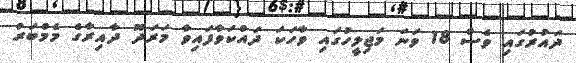
ދައުރުގައި ވެސް 18 ވަނަ މަޖިލީހުގައި ވާހަކަ ދައްކަވާފައިވާ މަރަދޫ ދާއިރާގެ މެމްބަރު